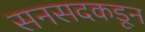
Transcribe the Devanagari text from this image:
सनसदकडून